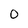
Character: 0